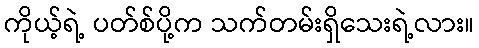
ကိုယ့်ရဲ့ ပတ်စ်ပို့က သက်တမ်းရှိသေးရဲ့လား။